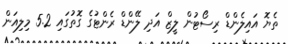
ތެޔޮ އައިލެންޑް ރިސޯޓުން ލީޒް އަދި ލޭންޑް ރެންޓުގެ ގޮތުގައި 5.2 މިލިއަން